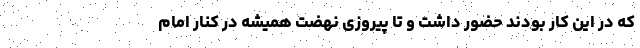
که در این کار بودند حضور داشت و تا پیروزی نهضت همیشه در کنار امام